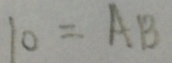
1 0 = A B